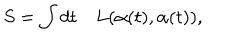
LaTeX: S = \int d t \quad L ( \alpha ( t ) , \dot { \alpha } ( t ) ) ,